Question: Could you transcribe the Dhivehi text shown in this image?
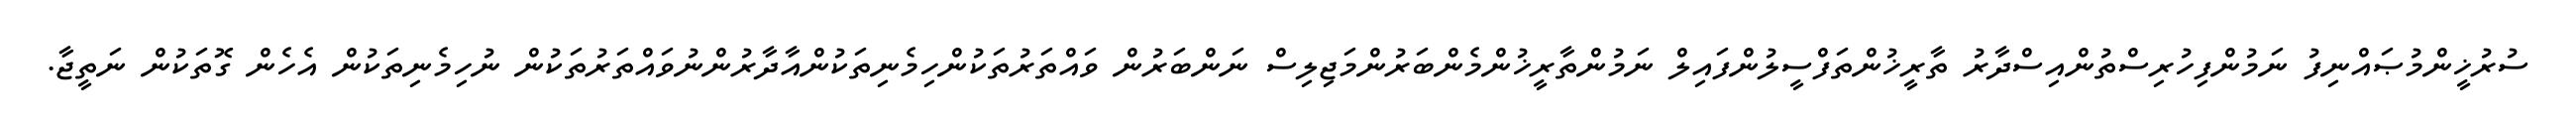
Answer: ސުރުޚީންމުޞައްނިފު ނަމުންފިހުރިސްތުންއިސްދާރު ތާރީޚުންތަފްސީލުންފައިލް ނަމުންތާރީޚުންމެންބަރުންމަޖިލިސް ނަންބަރުން ވައްތަރުތަކުންހިމެނިތަކުންއާދާރުންނުވައްތަރުތަކުން ނުހިމެނިތަކުން އެހެން ގޮތަކުން ނަތީޖާ.